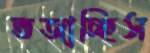
ভজাচ্ছিস